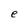
Character: e